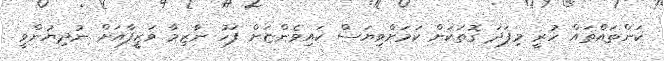
ކަންތައްތައް ހުރީ މިފަދަ ގޮތަކަށް ކަމަށްވިޔަސް ކައިވެންޏަށް ފަހު ނާޒިމާ ވަޒީފާއަށް ނުދިޔުންވީ